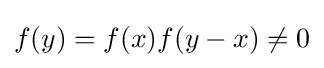
f(y)=f(x)f(y-x)\neq 0